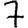
Digit: 7